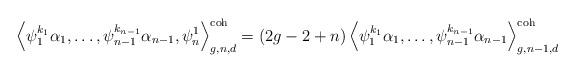
LaTeX: \begin{align*} \left\langle \psi_1^{k_1} \alpha_1 , \dots , \psi_{n-1}^{k_{n-1}} \alpha_{n-1}, \psi_n^1 \right\rangle^\textnormal{coh}_{g,n,d} = (2g-2+n) \left\langle \psi_1^{k_1} \alpha_1 , \dots , \psi_{n-1}^{k_{n-1}} \alpha_{n-1} \right\rangle^\textnormal{coh}_{g,n-1,d} \end{align*}